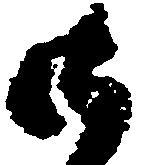
御